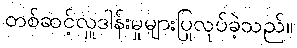
တစ်ဆင့်လှူဒါန်းမှုများပြုလုပ်ခဲ့သည်။